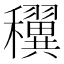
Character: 𥤌